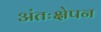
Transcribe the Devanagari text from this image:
अंतःक्षेपन